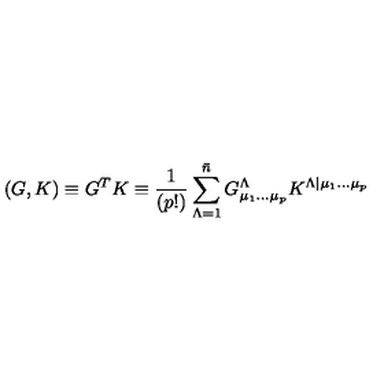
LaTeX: \left( G , K \right) \equiv G ^ { T } K \equiv { \frac { 1 } { ( p ! ) } } \sum _ { \Lambda = 1 } ^ { \bar { n } } G _ { \mu _ { 1 } \dots \mu _ { p } } ^ { \Lambda } K ^ { \Lambda \vert \mu _ { 1 } \dots \mu _ { p } }